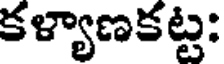
కళ్యాణకట్ట: